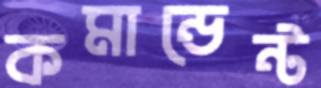
কমান্ডেন্ট